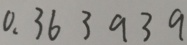
0 . 3 6 3 9 3 9